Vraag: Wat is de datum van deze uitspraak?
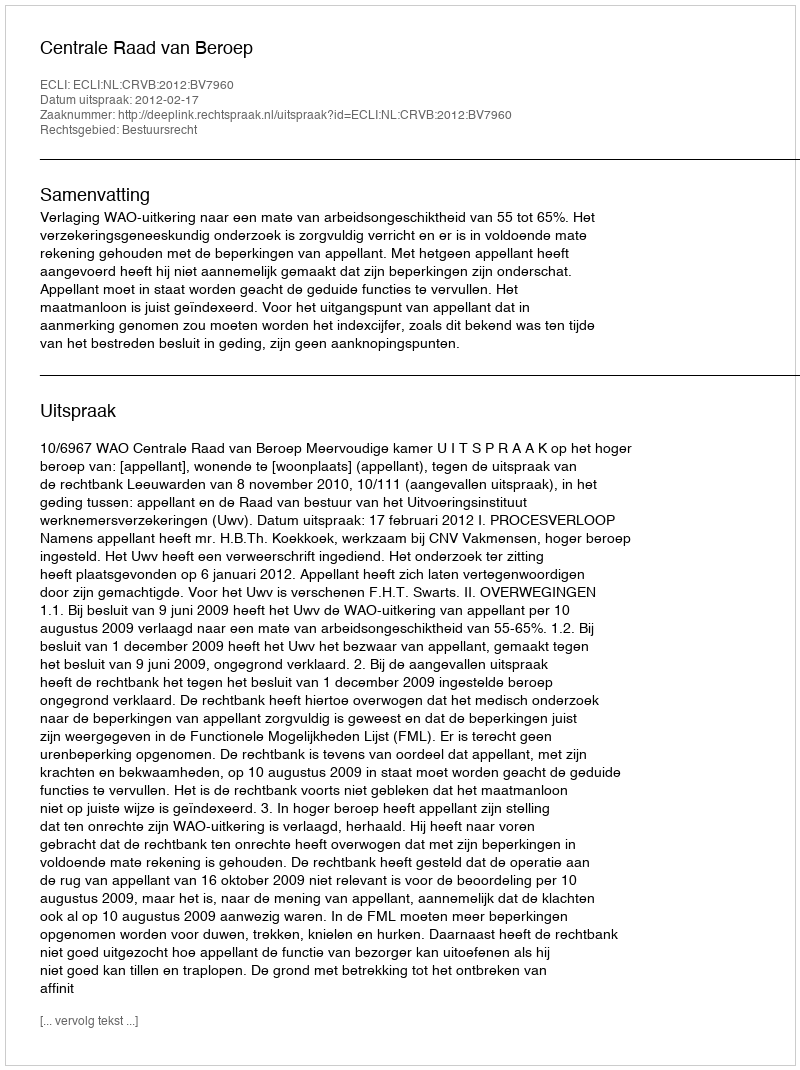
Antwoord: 2012-02-17